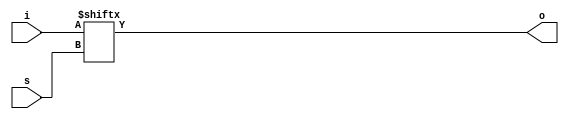
`timescale 1ns / 1ps

module mux_21(
    input [1:0] i,
    input s,
    output o
    );

assign o = i[s];

endmodule